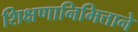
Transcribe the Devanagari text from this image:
शिक्षणानिमित्ताने